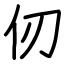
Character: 仞